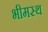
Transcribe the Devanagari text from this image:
भीमस्थ